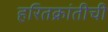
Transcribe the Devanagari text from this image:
हरितक्रांतीची